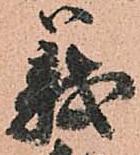
義